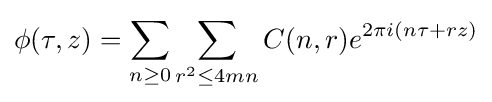
\phi (\tau ,z)=\sum _{n\geq 0}\sum _{r^{2}\leq 4mn}C(n,r)e^{2\pi i(n\tau +rz)}